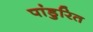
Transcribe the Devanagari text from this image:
पांडुरित